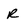
Character: R